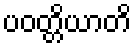
ပဝတ္တိယာတိ